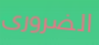
الضرورى